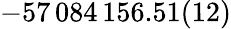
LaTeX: -57\, 084\, 156.51(12)